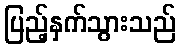
ပြည့်နှက်သွားသည်